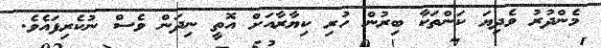
މެންދުރު ވެދިޔަ ކަންތަކާ ބިރުން ހުރި ކިޔާރާއަށް އޮތީ ނިދަން ވެސް ނުކެރިފައެވެ.